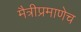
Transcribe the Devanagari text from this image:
मैत्रीप्रमाणेच